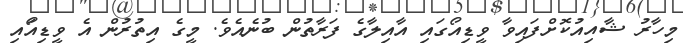
މިހާރު ޝާއިއުކޮށްފައިވާ ވީޑިއޯގައި އާއިލާގެ ފަރާތުން ބުނެއެވެ. މީގެ އިތުރުން އެ ވީޑިއޯައި